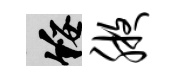
綏腋